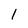
Character: l